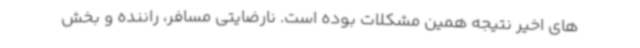
های اخیر نتیجه همین مشکلات بوده است. نارضایتی مسافر، راننده و بخش